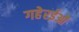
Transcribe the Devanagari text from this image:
गहेरईओं